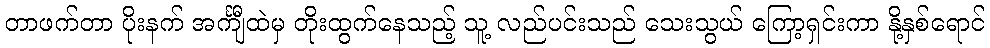
တာဖက်တာ ပိုးနက် အင်္ကျီထဲမှ တိုးထွက်နေသည့် သူ့ လည်ပင်းသည် သေးသွယ် ကြော့ရှင်းကာ နို့နှစ်ရောင်